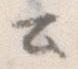
と